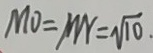
M O = M N = \sqrt { 1 0 } .